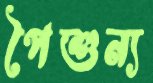
পৈশুন্য